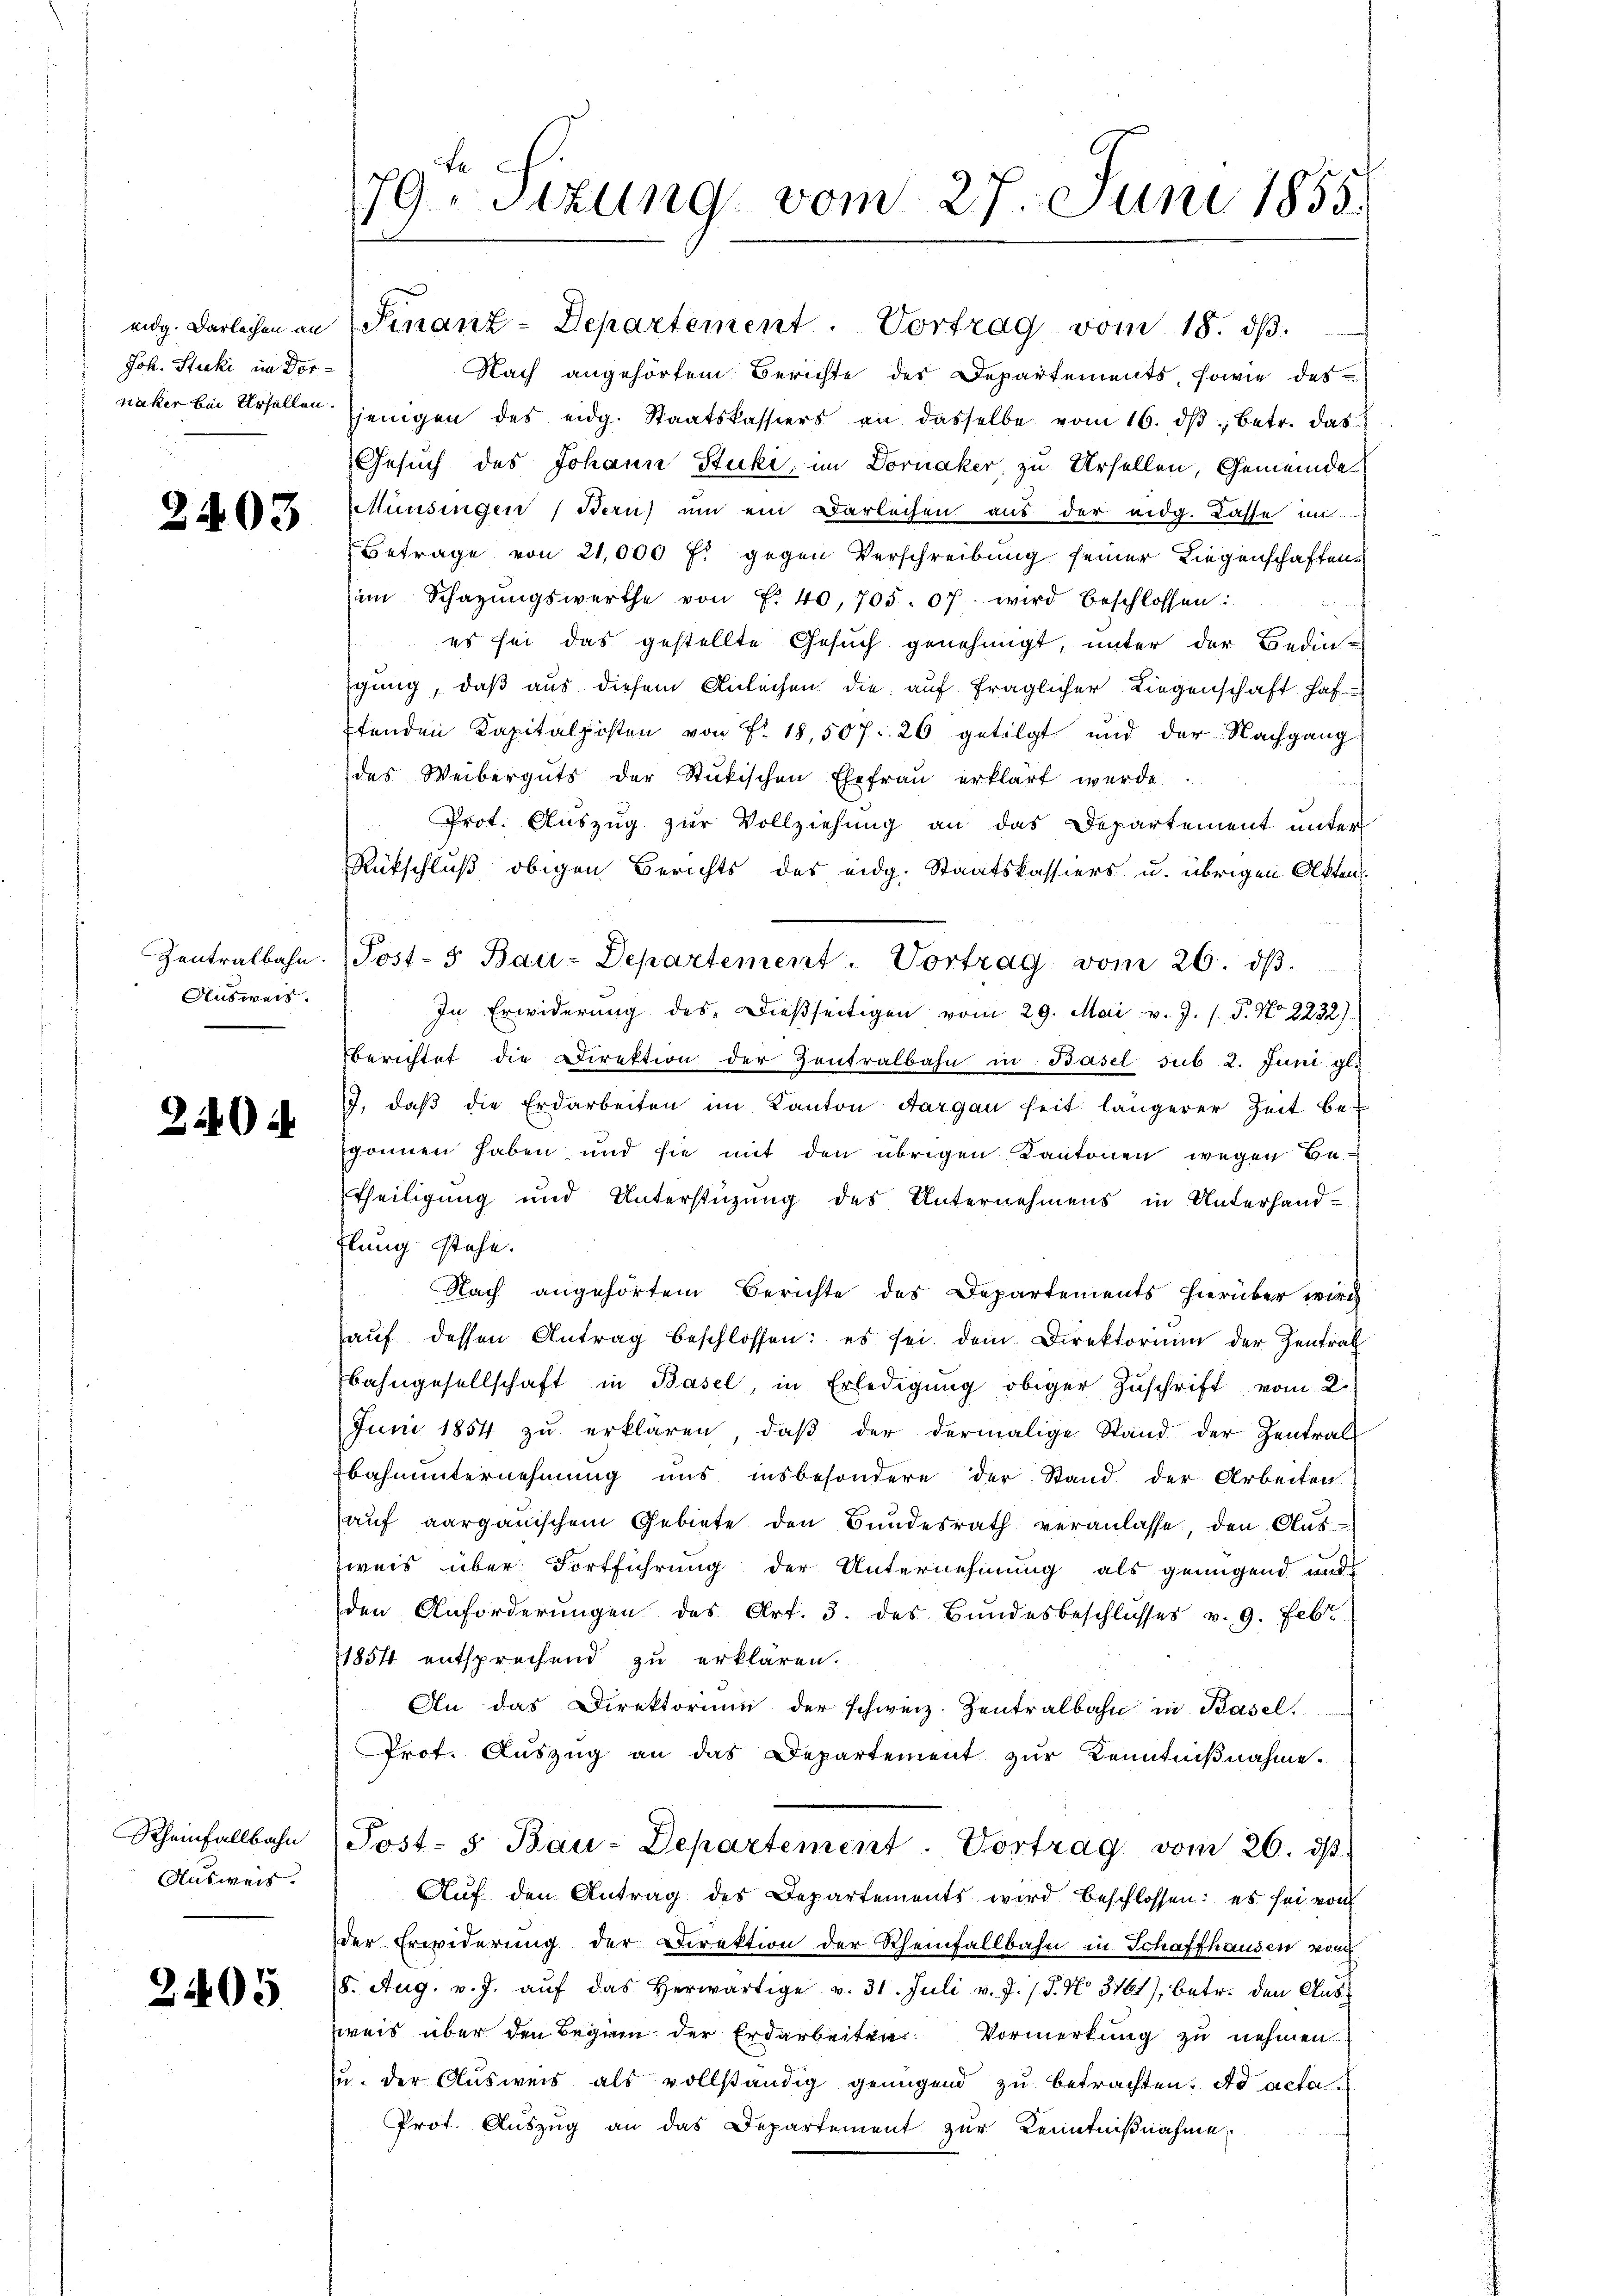
Joh. Stucki im Dor¬

2403

Ausweis

22

Rheinfallbahn
Ausweis.

2405.

eidg. Darlehen an Finanz-Departement  .        Vortrag vom 18.
Nach angehörtem Berichte des Departements, sowie des
naker bei Urhellen jenigen des eidg. Staatskassiers an dasselbe vom 16. dβ betr. das
Gesuch des Johann Stuki, im Dornaker, zu Ursellen, Gemeinde
Münsingen (Bern) um ein Darleihen aus der eidg. Casse un
Betrage von 21,000 f: gegen Verschreibung seiner Liegenschaften
i Schazungswerthe von f. 40, 705. 07. wird beschlossen:
es sei das gestellte Gesuch genehmigt, unter der Bedin-
gung, daß aus diesem Anleihen die auf fraglicher Liegenschaft haf-
stenden Kapitalposten von Fr. 18,507. 26 getilgt und der Nachgang
des Weiberguts der Stŭkischen Ehefraŭ erklärt werde.
und
Prot. Auszug zur Vollziehung an das Departement unter
Rückschluß obigen Berichts des eidg. Staatskassiers u. übrigen Akten.
Zentralbahn. (Post- 5. Bau-Departement. Vortrag vom 26. dβ.
In Erwiderung des Dießseitigen vom 29. Mai v. J. (T. No 2232)
berichtet die Direktion der Zentralbahn in Basel sub 2. Juni gl.
J. daβ die Erdarbeiten im Kanton Aargau heit längerer Zeit begonnen haben und sie mit den übrigen Kantonen wegen Betheiligung und Unterstüzung des Unternehmens in Unterhand¬
Elung stehe.
Nach angehörtem Berichte des Departements hierüber wird
aŭf dessen Antrag beschlossen: es sei dem Direktorium der Zentral
bahngesellschaft in Basel, in Erledigŭng obiger Zŭschrift vom 2.
Juni 1854 zŭ erklären, daβ der dermalige Stand der Zentral
Ebahnunternehmung uns insbesondere der Stand der Arbeiten
aŭf aarganischem Gebiete den Bŭndesrath veranlasse, den Aŭs-
weis über Fortführung der Unternehmung als genügend und
den Anforderŭngen des Art. 3. des Bŭndesbeschlŭsses v. 9. Febr
1854 entsprechend zu erklären.
An das Direktorium der schweiz. Zentralbahn in Basel.
Prot. Aŭszŭg an das Departement zŭr Kenntniβnahme.
Post- & Bau-Departement. Vortrag vom 26. dβ.
Aŭf den Antrag des Departements wird beschlossen: es sei von
der Erwiderung der Direktion der Rheinfallbahn in Schaffhausen vom
8. Aug. v. J. aŭf das herwärtige v. 31. Juli v. J. / 5. No. 3761), betr. den Ausweis über den Beginn der Erdarbeiten Vormerkung zu nehmen
zu. Der Ausweis als vollständig genügend zu betrachten. ad acta
Prot. Aŭszŭg an das Departement zŭr Kenntniβnahme,

79. Sizung vom 27. Juni 1855.